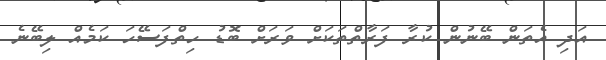
އަދި އެތަން ބޭނުން ކުރާ ފަރާތްތަކަށް ވަރަށް ބޮޑު ހިތްފަސޭހަ ކަމެއް ލިބޭނެ